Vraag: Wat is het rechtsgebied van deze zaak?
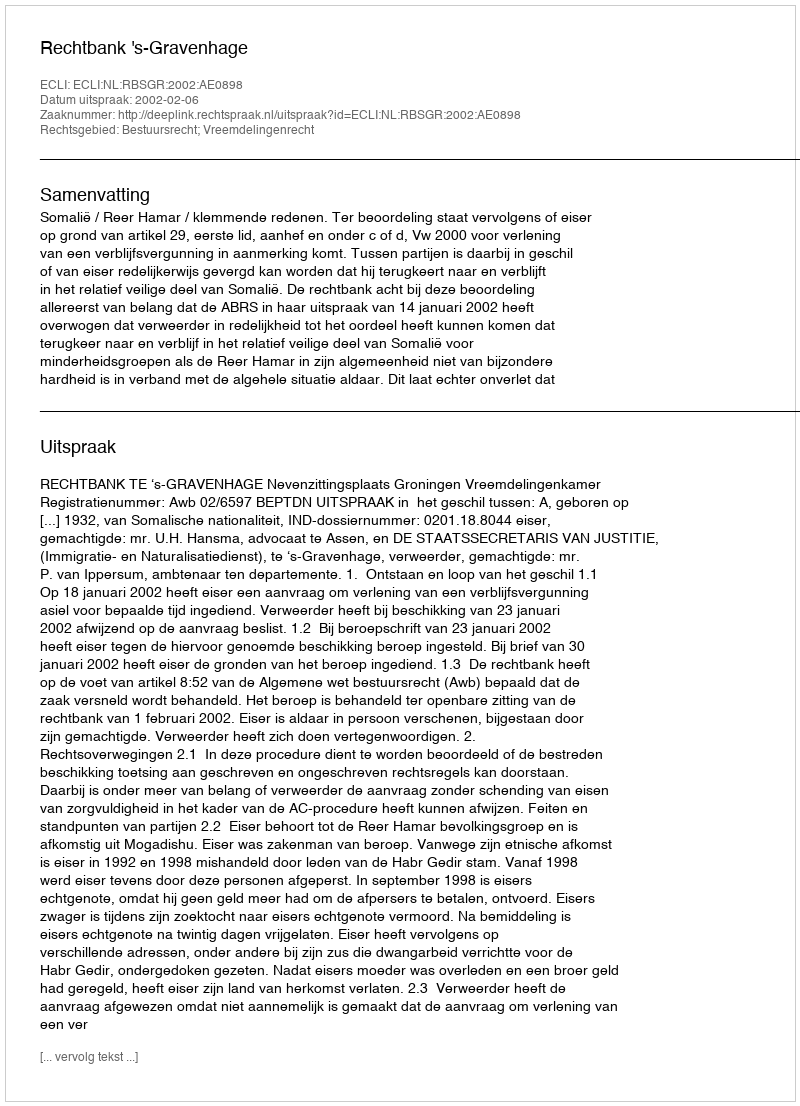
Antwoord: Bestuursrecht; Vreemdelingenrecht